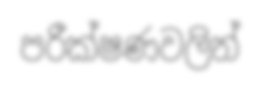
පරීක්ෂණවලින්